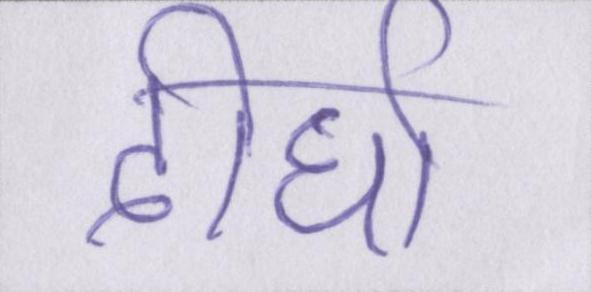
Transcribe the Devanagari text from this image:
दीर्घा